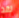
لقد